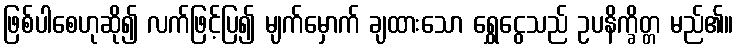
ဖြစ်ပါစေဟုဆို၍ လက်ဖြင့်ပြ၍ မျက်မှောက် ချထားသော ရွှေငွေသည် ဥပနိက္ခိတ္တ မည်၏။